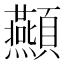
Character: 𮨤